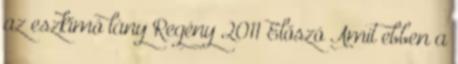
az eszkimó lány Regény 2011 Előszó Amit ebben a